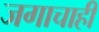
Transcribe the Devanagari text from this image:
जगाचाही